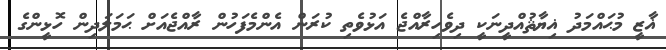
ޣާޒީ މުޙައްމަދު ޣިޔާޘުއްދީނަކީ ދިވެހިރާއްޖެ އަޅުވެތި ކުރަން އެންމެފަހުން ރާއްޖެއަށް ޙަމަލަދިން ހޮޅީންގެ